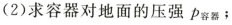
(2)求容器对地面的压强 p_{容器};